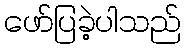
ဖော်ပြခဲ့ပါသည်